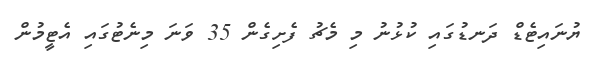
ޔުނައިޓެޑް ދަނޑުގައި ކުޅުނު މި މެޗު ފެށިގެން 35 ވަނަ މިނެޓުގައި އެޓީމުން